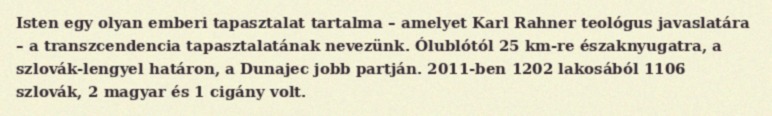
Isten egy olyan emberi tapasztalat tartalma – amelyet Karl Rahner teológus javaslatára – a transzcendencia tapasztalatának nevezünk. Ólublótól 25 km-re északnyugatra, a szlovák-lengyel határon, a Dunajec jobb partján. 2011-ben 1202 lakosából 1106 szlovák, 2 magyar és 1 cigány volt.